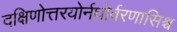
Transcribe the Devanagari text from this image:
दक्षिणोत्तरयोर्नघोर्वरणासिश्च